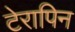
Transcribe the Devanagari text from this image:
टेरापिन